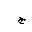
Letter: _gim